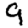
Digit: 9